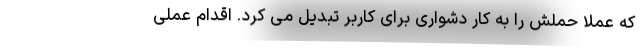
که عملا حملش را به کار دشواری برای کاربر تبدیل می کرد. اقدام عملی